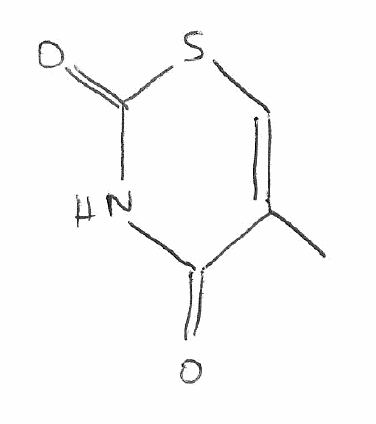
Simplified molecular-input line-entry system (SMILES) notation of the given molecule:
CC1=CSC(=O)NC1=O